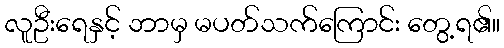
လူဦးရေနှင့် ဘာမှ မပတ်သက်ကြောင်း တွေ့ရ၏။